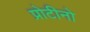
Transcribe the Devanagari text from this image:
प्रोटीनो